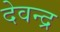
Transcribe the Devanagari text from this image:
देवन्द्र